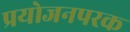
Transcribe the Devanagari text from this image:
प्रयोजनपरक